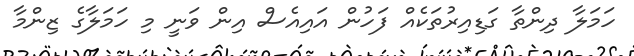
ހަމަލާ ދިންތާ ގަޑިއިރުތަކެއް ފަހުން އައިއެސް އިން ވަނީ މި ހަމަލާގެ ޒިންމާ